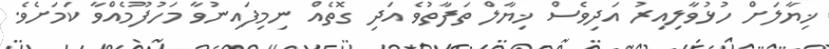
ޚިޔާލަށް ހުޅުވާލިއިރު އަދިވެސް ޚިޔާލް ތަފާތުވެ އަދި ގޮތެއް ނިމިފައިނުވާ މަހުފޫމެއްވާ ކަމަށެވެ.